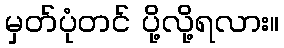
မှတ်ပုံတင် ပို့လို့ရလား။